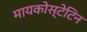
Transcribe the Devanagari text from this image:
मायकोस्टेटिन